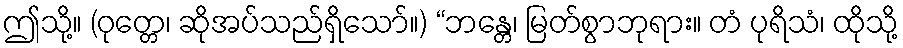
ဤသို့။ (ဝုတ္တေ၊ ဆိုအပ်သည်ရှိသော်။) “ဘန္တေ၊ မြတ်စွာဘုရား။ တံ ပုရိသံ၊ ထိုသို့